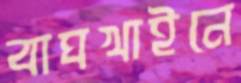
বাঘখাইনে